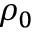
\rho _ { 0 }